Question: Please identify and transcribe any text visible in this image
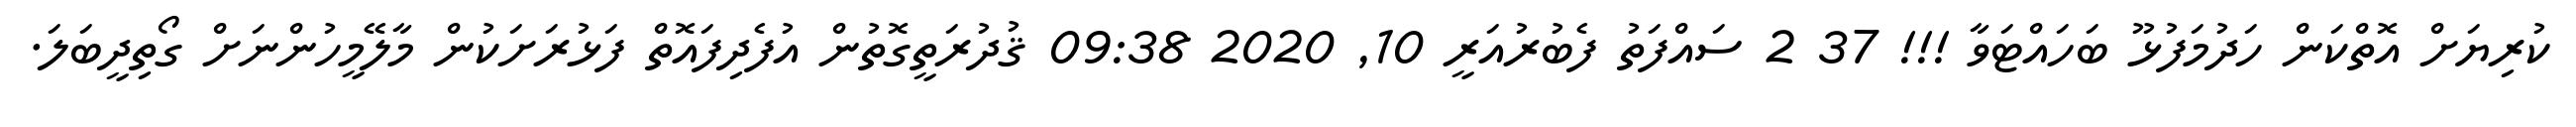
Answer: ކުރިޔަށް އޮތްކަން ހަދުމަފުޅޫ ބަހައްޓަވާ !!! 37 2 ސައްފަތު ފެބުރުއަރީ 10, 2020 09:38 ޤުދުރަތީގޮތުން އުފެދިފައޮތް ފަޅުރަށަކުން މާލޭމީހުންނަށް ގޯތިދީބަލަ.